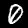
Digit: 0